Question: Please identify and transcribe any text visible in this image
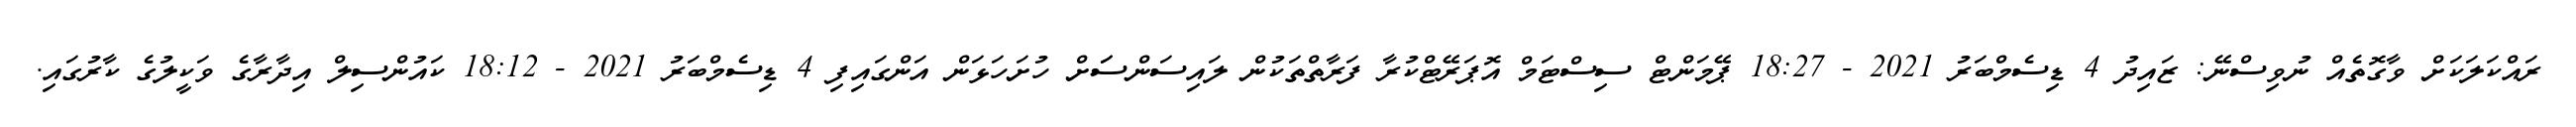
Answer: ރައްކަލަކަށް ވާގޮތެއް ނުވިސްނޭ: ޒައިދު 4 ޑިސެމްބަރު 2021 - 18:27 ޕޭމަންޓް ސިސްޓަމް އޮޕަރޭޓްކުރާ ފަރާތްތަކުން ލައިސަންސަަށް ހުށަހަޅަން އަންގައިފި 4 ޑިސެމްބަރު 2021 - 18:12 ކައުންސިލް އިދާރާގެ ވަކީލުގެ ކާރުގައި.